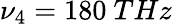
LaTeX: \nu_{4}=180~THz